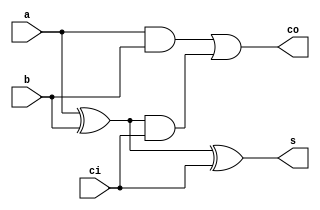
module full_adder_block0(a,b,ci,s,co);

input a, b, ci;

output reg co, s;


always @(*)
begin
	s <= a ^ b ^ ci;
	co <= (a && b)||((a ^ b) && ci);
end 

endmodule